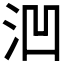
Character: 𪵲